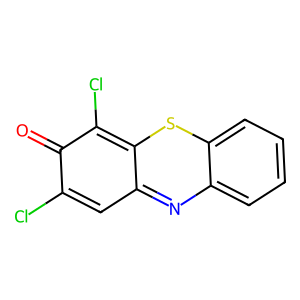
SMILES: O=c1c(Cl)cc2nc3ccccc3sc-2c1Cl
Inhibits HIV replication: No